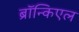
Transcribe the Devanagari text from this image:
ब्रॉन्किएल